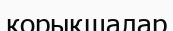
корықшалар